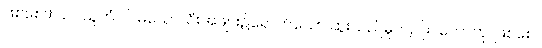
ဖြစ်စေ။) ယဝသူကံ ဝါ၊ မုယောသီးအဖျား၌ရောက်သော ဆူးသည်မူလည်း။ ဟောတု၊ ဖြစ်စေ။